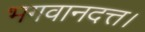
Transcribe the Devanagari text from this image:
भगवानदत्त।